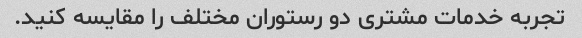
تجربه خدمات مشتری دو رستوران مختلف را مقایسه کنید.